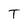
Character: T